Insane asylums in Bengal annual reports 1867-1875 - 1867-1875
Year: 1867
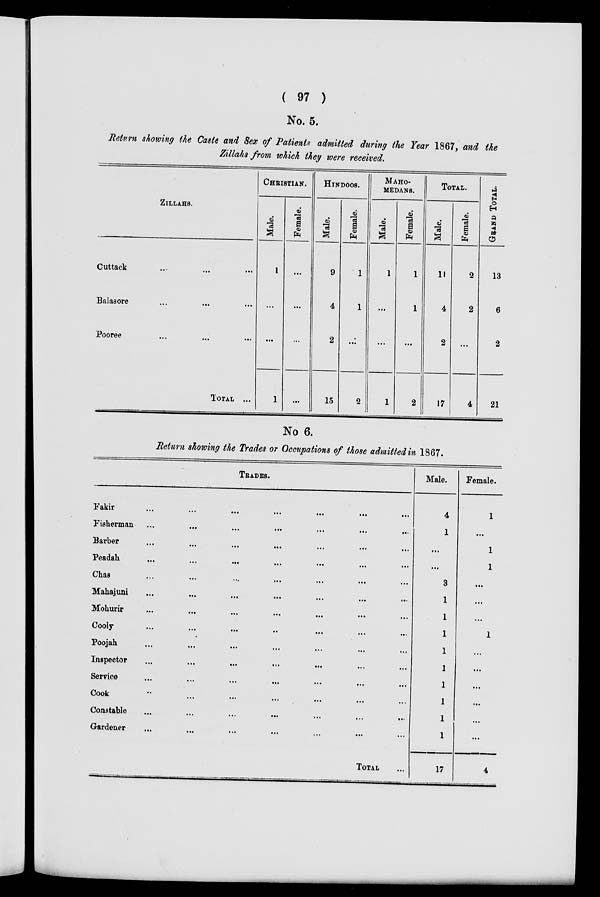
( 97 )
No. 5.
Return showing the Caste and Sex of Patients admitted during the Year 1867, and the
Zillahs from which they were received.
ZILLAHS.
Cuttack ... ... ...
Balasore ... ... ...
Pooree ... ... ...
TOTAL ...
CHRISTIAN.
Male.
1
...
...
1
Female.
...
...
...
...
HINDOOS.
Male.
9
4
2
15
Female.
1
1
...
2
MAHO-
MEDANS.
Male.
1
...
...
1
Female.
1
1
...
2
TOTAL.
Male.
11
4
2
17
Female.
2
2
...
4
GRAND
TOTAL.
13
6
2
21
No 6.
Return showing the Trades or Occupations of those admitted in 1867.
TRADES.
Fakir
...
...
...
...
...
...
...
Fisherman
...
...
...
...
...
...
...
Barber ... ... ... ... ... ... ...
Peadah
...
...
...
...
...
...
...
Chas ... ... ... ... ... ... ...
Mahajuni ... ... ... ... ... ... ...
Mohurir ... ... ... ... ... ... ...
Cooly
...
...
...
...
...
...
...
Poojah ... ... ... ... ... ... ...
Inspector
...
...
...
...
...
...
...
Service ... ... ... ... ... ... ...
Cook ... ... ... ... ... ... ...
Constable ... ... ... ... ... ... ...
Gardener ... ... ... ... ... ... ...
TOTAL ...
Male.
4
1
...
...
3
1
1
1
1
1
1
1
1
1
17
Female.
1
...
1
1
...
...
...
1
...
...
...
...
...
. . .
4